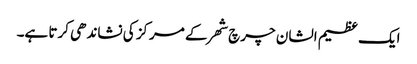
ایک عظیم الشان چرچ شھر کے مرکز کی نشاندھی کرتا ہے۔